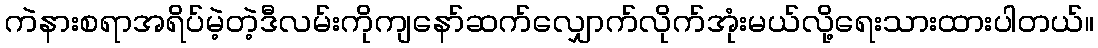
ကဲနားစရာအရိပ်မဲ့တဲ့ဒီလမ်းကိုကျနော်ဆက်လျှောက်လိုက်အုံးမယ်လို့ရေးသားထားပါတယ်။